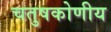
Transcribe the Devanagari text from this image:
चतुषकोणीय